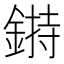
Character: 𨨲